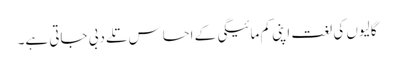
گالیوں کی لغت اپنی کم مائیگی کے احساس تلے دبی جاتی ہے۔